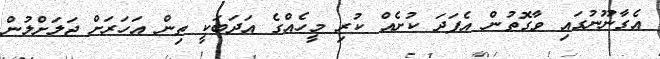
އެގާނޫނުގައި ވާގޮތުން އެފަދަ ކުށެއް ކުރި މީހެއްގެ އަދަބަކީ ތިން އަހަރަށް ޖަލަށްލުން